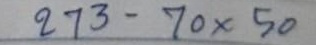
273 - 70 x 50